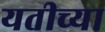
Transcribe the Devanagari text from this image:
यतीच्या